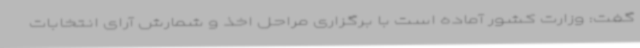
گفت: وزارت کشور آماده است با برگزاری مراحل اخذ و شمارش آرای انتخابات